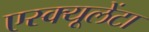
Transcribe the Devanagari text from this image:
एस्क्यूलेंटा